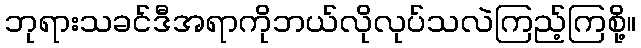
ဘုရားသခင်ဒီအရာကိုဘယ်လိုလုပ်သလဲကြည့်ကြစို့။